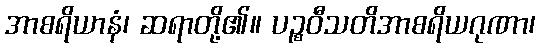
အာစရိယာနံ၊ ဆရာတို့၏။ ပဉ္စဝီသတိအာစရိယဂုဏာ၊